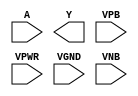
module sky130_fd_sc_hd__clkinvlp (
    //# {{data|Data Signals}}
    input  A   ,
    output Y   ,

    //# {{power|Power}}
    input  VPB ,
    input  VPWR,
    input  VGND,
    input  VNB
);
endmodule